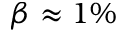
\beta \approx 1 \%